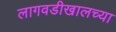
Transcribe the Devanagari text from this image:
लागवडीखालच्या